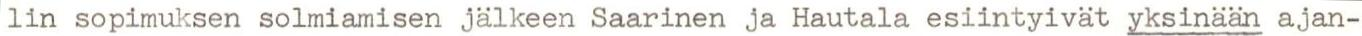
lin sopimuksen solmiamisen jälkeen Saarinen ja Hautala esiintyivät yksinään ajan-